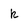
Character: k